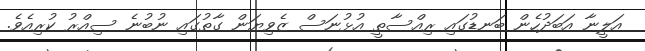
އަލީނާ އަބަދުހެން ބަނޑުގައި ރިއްސާތީ އުޅުނަސް ޒެވިޔަން ގާތުގައި ނުބުނެ ސިއްރު ކުރިއެވެ.